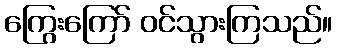
ကြွေးကြော် ဝင်သွားကြသည်။